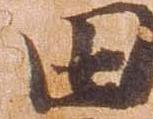
田